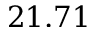
2 1 . 7 1